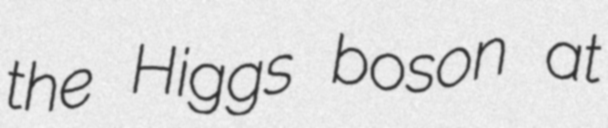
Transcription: the Higgs boson at